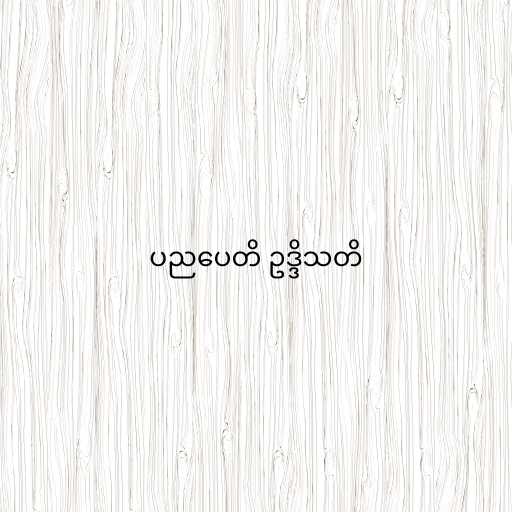
ပညပေတိ ဥဒ္ဒိသတိ